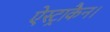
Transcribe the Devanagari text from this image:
ऐस्ट्राकैन।